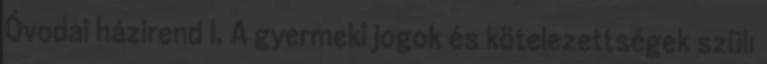
Óvodai házirend l. A gyermeki jogok és kötelezettségek szülı